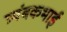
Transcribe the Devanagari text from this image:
त्र्यंबकभाई